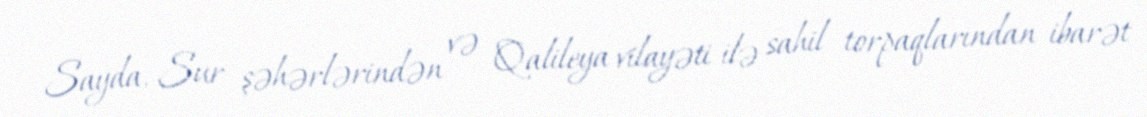
Sayda, Sur şəhərlərindən və Qalileya vilayəti ilə sahil torpaqlarından ibarət